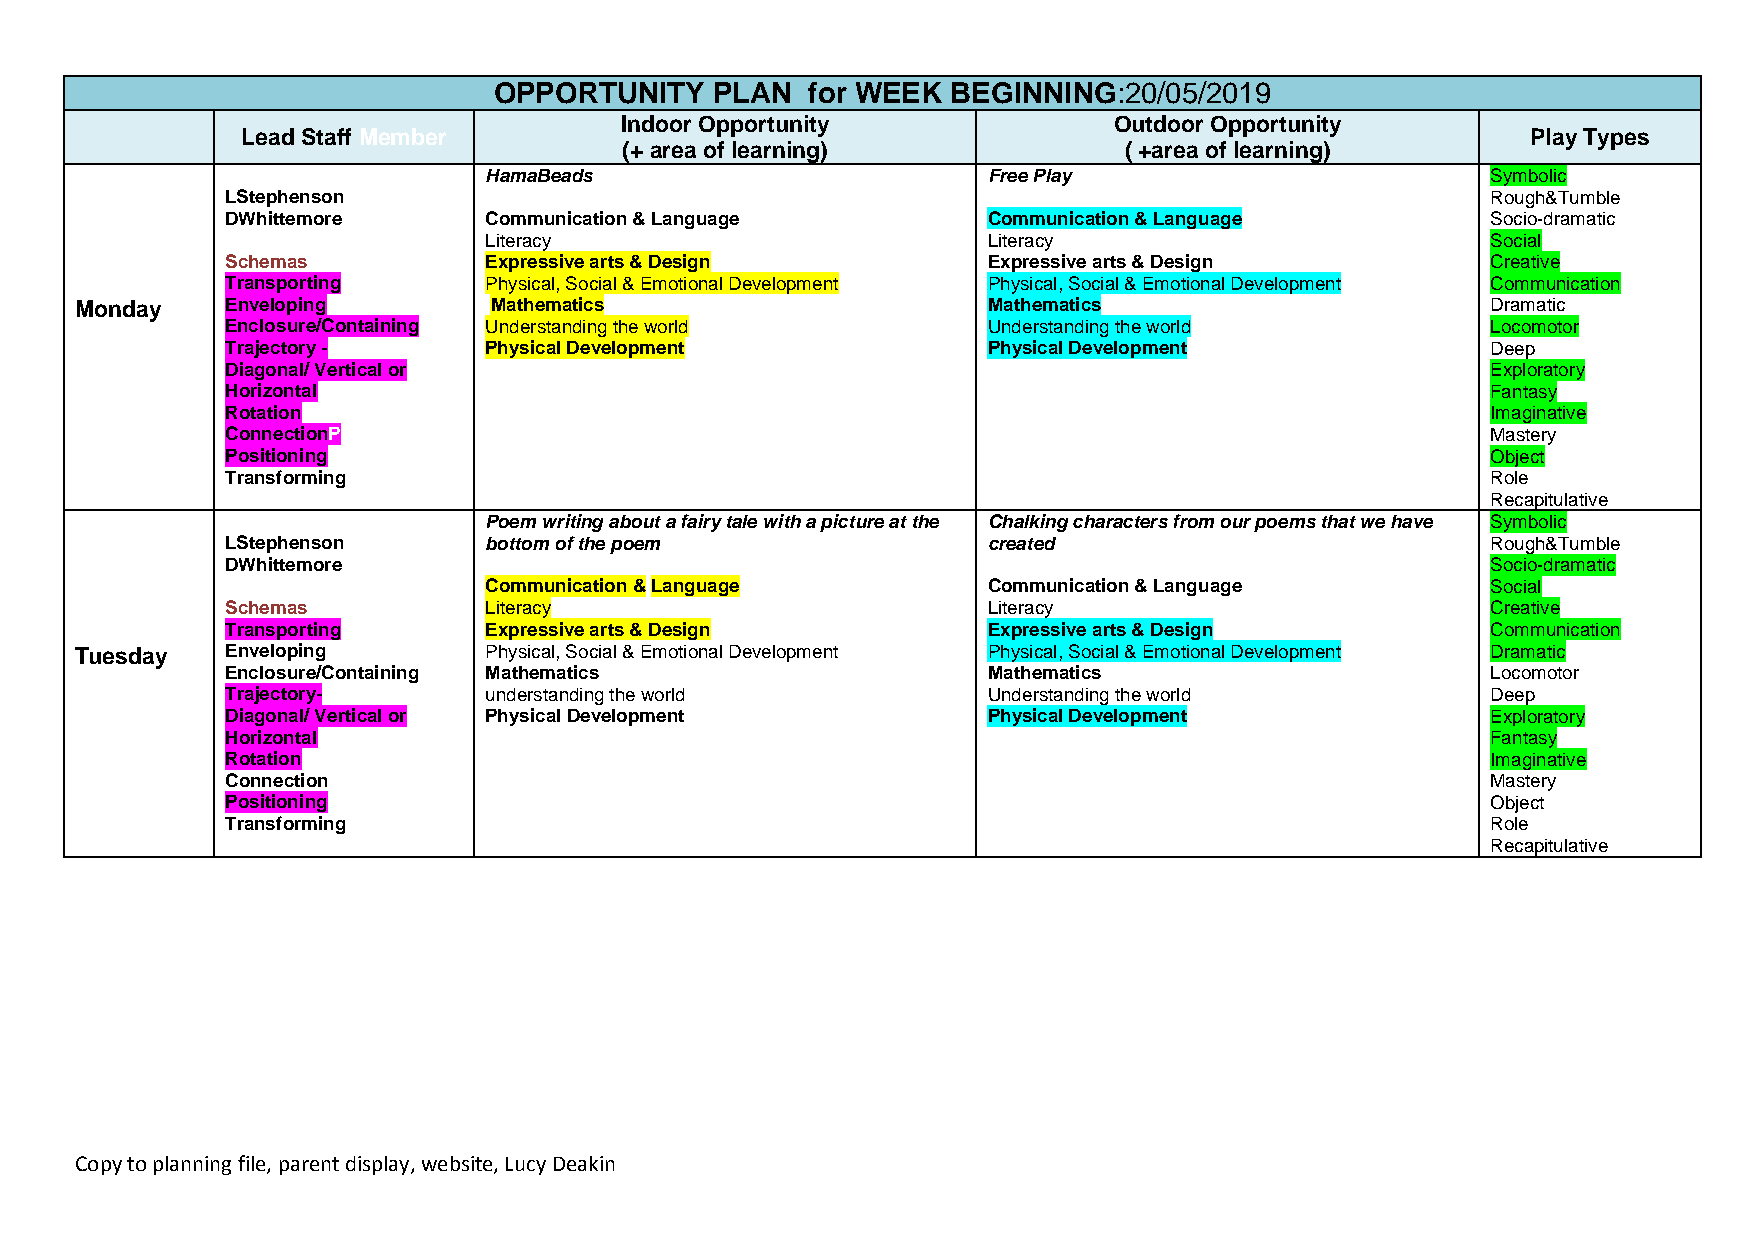
OPPORTUNITY   PLAN  for WEEK  BEGINNING:20/05/2019
 Indoor Opportunity               Outdoor Opportunity
 Lead Staff Member                                                                    Play Types
 (+ area of learning)             ( +area of learning)
 HamaBeads                        Free Play                         Symbolic
 LStephenson                                                                         Rough&Tumble
 DWhittemore      Communication & Language         Communication & Language          Socio-dramatic
 Literacy                         Literacy                          Social
 Schemas          Expressive arts & Design         Expressive arts & Design          Creative
 Transporting     Physical, Social & Emotional Development Physical, Social & Emotional Development Communication
 Monday    Enveloping       Mathematics                      Mathematics                       Dramatic
 Enclosure/Containing Understanding the world      Understanding the world           Locomotor
 Trajectory -     Physical Development             Physical Development              Deep
 Diagonal/ Vertical or                                                               Exploratory
 Horizontal                                                                          Fantasy
 Rotation                                                                            Imaginative
 ConnectionP                                                                         Mastery
 Positioning                                                                         Object
 Transforming                                                                        Role
 ositioning                                                                          Recapitulative
 Poem writing about a fairy tale with a picture at the Chalking characters from our poems that we have Symbolic
 LStephenson      bottom of the poem               created                           Rough&Tumble
 DWhittemore                                                                         Socio-dramatic
 Communication & Language         Communication & Language          Social
 Schemas          Literacy                         Literacy                          Creative
 Transporting     Expressive arts & Design         Expressive arts & Design          Communication
 Tuesday   Enveloping       Physical, Social & Emotional Development Physical, Social & Emotional Development Dramatic
 Enclosure/Containing Mathematics                  Mathematics                       Locomotor
 Trajectory-      understanding the world          Understanding the world           Deep
 Diagonal/ Vertical or Physical Development        Physical Development              Exploratory
 Horizontal                                                                          Fantasy
 Rotation                                                                            Imaginative
 Connection                                                                          Mastery
 Positioning                                                                         Object
 Transforming                                                                        Role
 Recapitulative
 Copy to planning file, parent display, website, Lucy Deakin